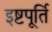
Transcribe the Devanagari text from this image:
इष्टपूर्ति